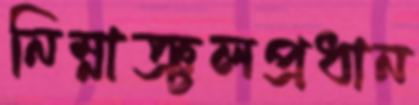
নিম্নাঞ্চলপ্রধান